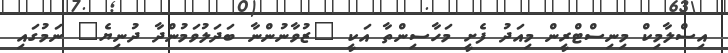
އިސްލާމިކް މިނިސްޓްރީން މިއަދު ފެށީ މަހާސިންތާ އަކީ "ޒުވާނުންނާ ބަދަލުވަމުންދާ ދުނިޔެ" ނަމުގައި